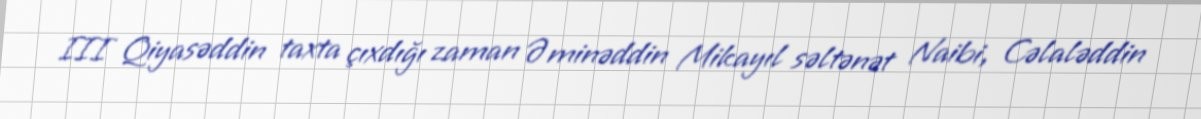
III Qiyasəddin taxta çıxdığı zaman Əminəddin Mikayıl səltənət Naibi, Cəlaləddin